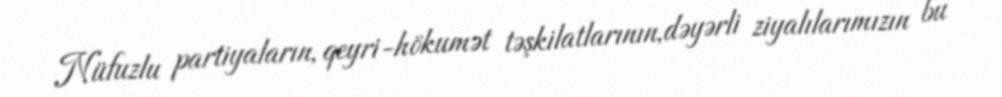
Nüfuzlu partiyaların, qeyri-hökumət təşkilatlarının,dəyərli ziyalılarımızın bu